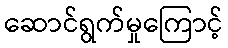
ဆောင်ရွက်မှုကြောင့်